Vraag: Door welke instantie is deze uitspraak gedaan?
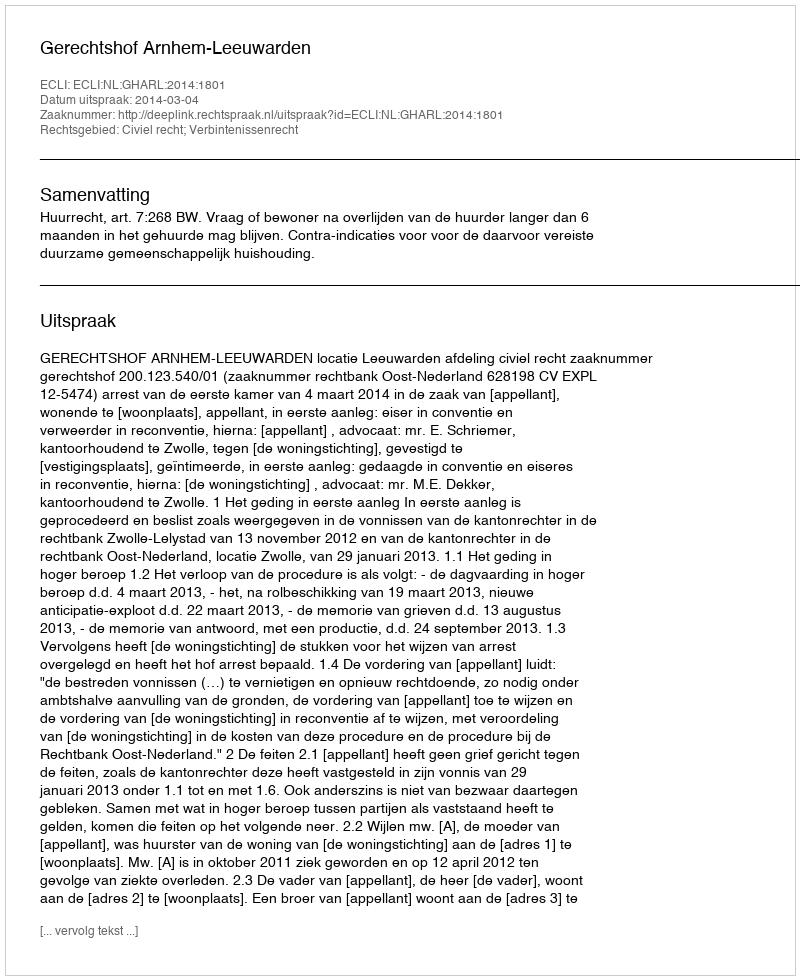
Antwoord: Gerechtshof Arnhem-Leeuwarden